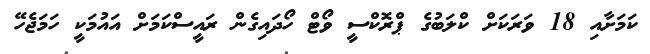
ކަމަށާއި 18 ވަރަކަށް ކްލަބުގެ ޕްރޮކްސީ ވޯޓް ހޯދައިގެން ރައީސްކަމަށް އައުމަކީ ހަމަޖެހޭ